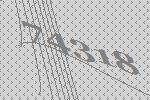
74318